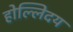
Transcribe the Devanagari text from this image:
होल्लिदय